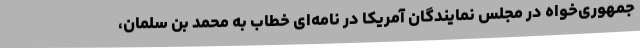
جمهوری‌خواه در مجلس نمایندگان آمریکا در نامه‌ای خطاب به محمد بن سلمان،